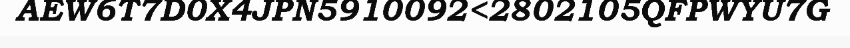
AEW6T7D0X4JPN5910092<2802105QFPWYU7G